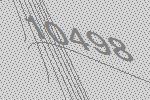
10498